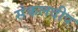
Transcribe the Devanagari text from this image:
संकलदीप